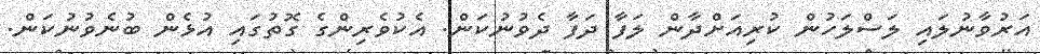
އަރުވާނުލައި ލަސްލަހުން ކުރިއަށްދާން ލަފާ ދަފާ ދެވުނުކަން. އެކުވެރިންގެ ގޮތުގައި އުޅެން ބުނެވުނުކަން.